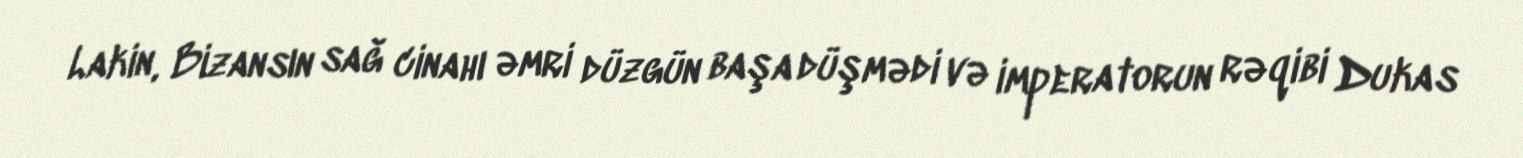
Lakin, Bizansın sağ cinahı əmri düzgün başa düşmədi və imperatorun rəqibi Dukas